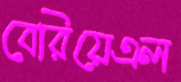
বেরিয়েএল